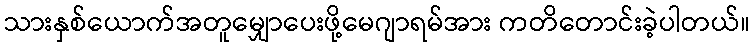
သားနှစ်ယောက်အတူမျှောပေးဖို့မေဂျာရမ်အား ကတိတောင်းခဲ့ပါတယ်။